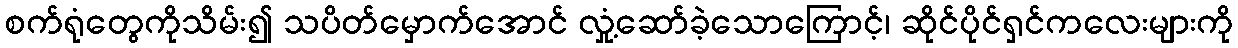
စက်ရုံတွေကိုသိမ်း၍ သပိတ်မှောက်အောင် လှုံ့ဆော်ခဲ့သောကြောင့်၊ ဆိုင်ပိုင်ရှင်ကလေးများကို